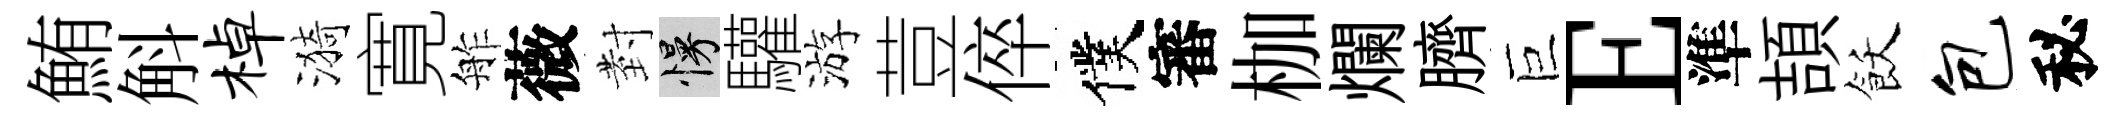
鮪斛棹漪寛舴薇𭔹慢驩游荳倅僕審枷爛臍巨E準頡飫包秘